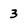
Character: 3